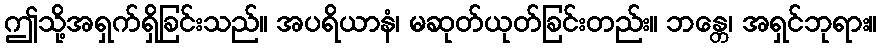
ဤသို့အရှက်ရှိခြင်းသည်။ အပရိယာနံ၊ မဆုတ်ယုတ်ခြင်းတည်း။ ဘန္တေ၊ အရှင်ဘုရား။